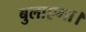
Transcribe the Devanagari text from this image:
बुलाएगा।